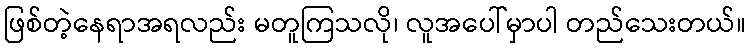
ဖြစ်တဲ့နေရာအရလည်း မတူကြသလို၊ လူအပေါ်မှာပါ တည်သေးတယ်။